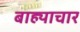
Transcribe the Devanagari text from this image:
बाह्याचार